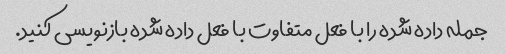
جمله داده شده را با فعل متفاوت با فعل داده شده بازنویسی کنید.